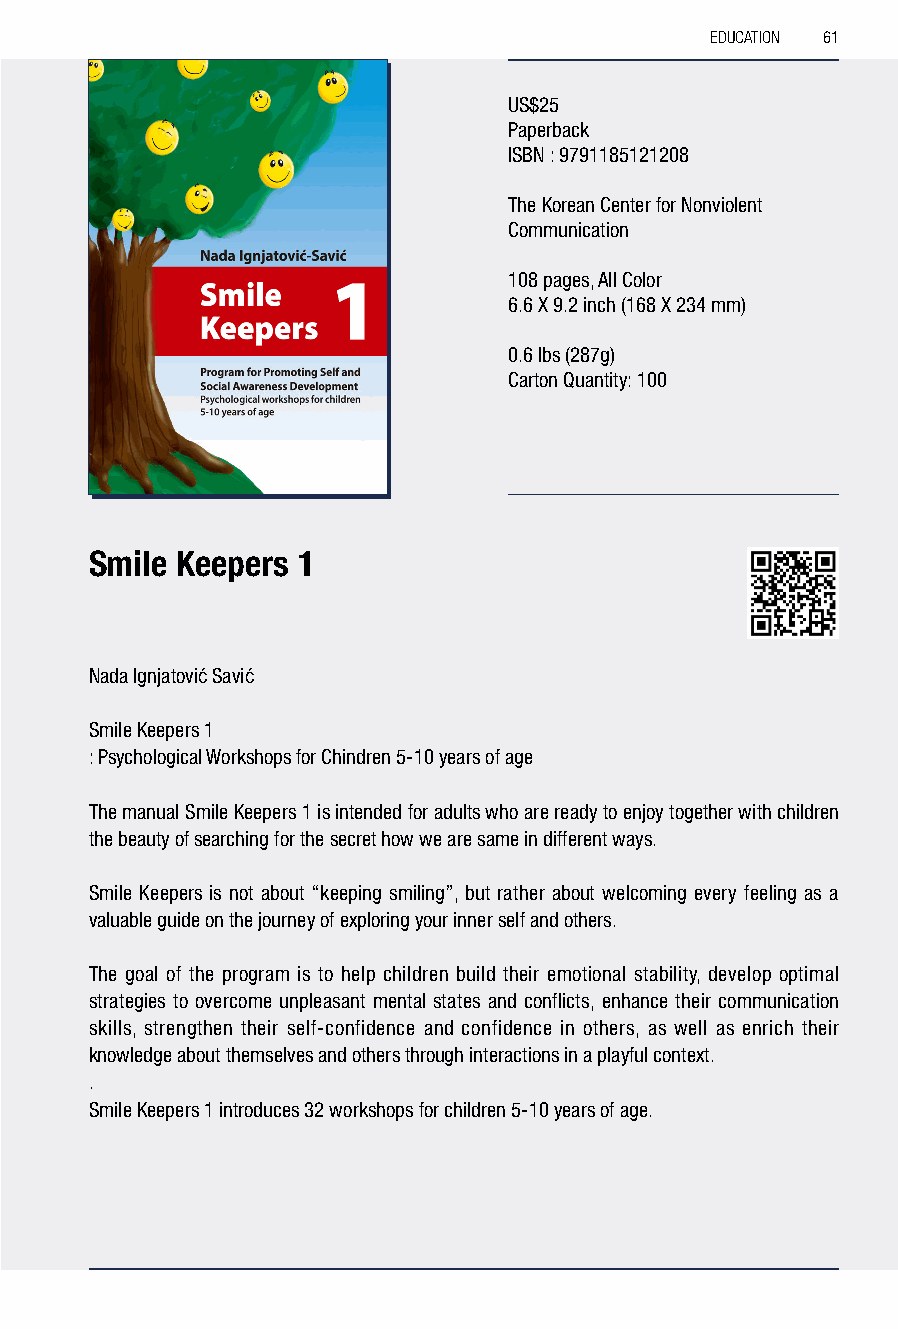
EDUCATION 61
 US$25
 Paperback
 ISBN : 9791185121208
 The Korean Center for Nonviolent
 Communication
 108 pages, All Color
 6.6 X 9.2 inch (168 X 234 mm)
 0.6 lbs (287g)
 Carton Quantity: 100
 Smile Keepers 1
 Nada Ignjatović Savić
 Smile Keepers 1
 : Psychological Workshops for Chindren 5-10 years of age
 The manual Smile Keepers 1 is intended for adults who are ready to enjoy together with children
 the beauty of searching for the secret how we are same in different ways.
 Smile Keepers is not about “keeping smiling”, but rather about welcoming every feeling as a
 valuable guide on the journey of exploring your inner self and others.
 The goal of the program is to help children build their emotional stability, develop optimal
 strategies to overcome unpleasant mental states and conflicts, enhance their communication
 skills, strengthen their self-confidence and confidence in others, as well as enrich their
 knowledge about themselves and others through interactions in a playful context.
 .
 Smile Keepers 1 introduces 32 workshops for children 5-10 years of age.